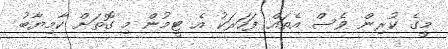
މީގެ ކުރިން ވެސް އެތައް ފަހަރަކު އެ ޓީމުން މި ގޮތަށް ކާމިޔާބު